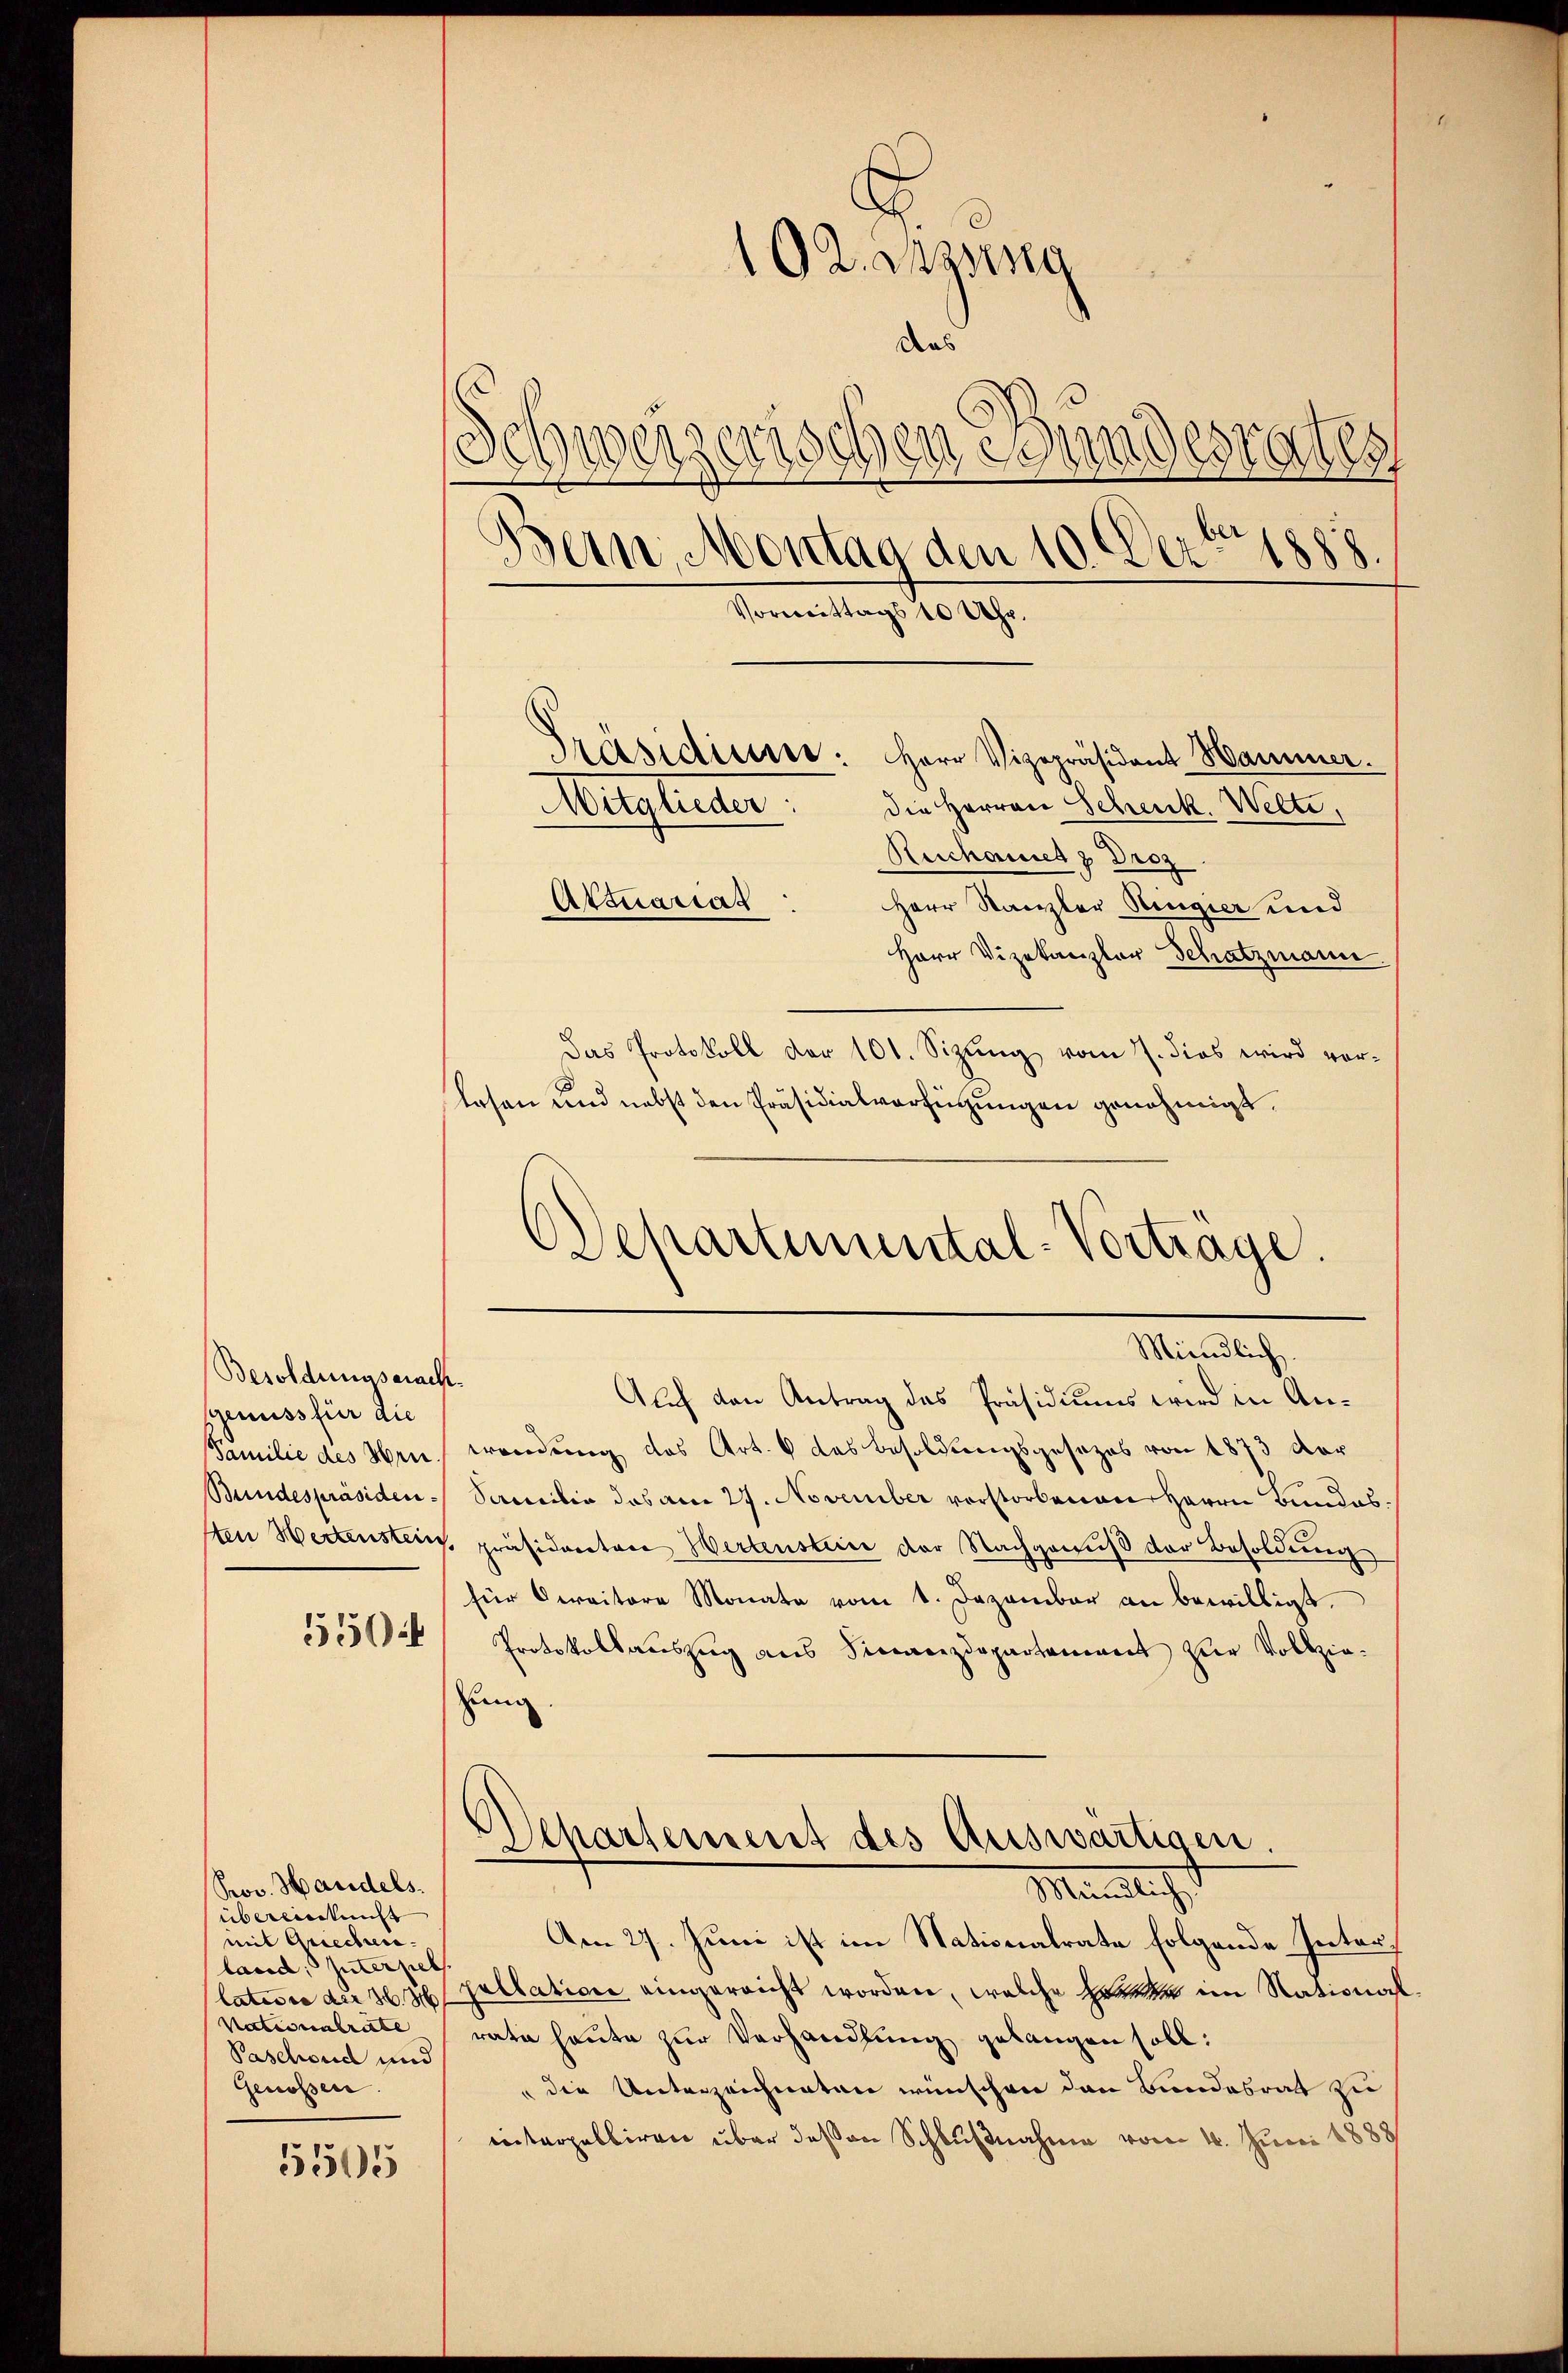
Besoldungserach.
sgenuss für die
Familie des Hrn
Bundespräsiden¬

5504

Prov. Handels.
übereinkunft
mit Griechen.
land, Interpell.
latione der S
Nationalrate
Paschond und
Genossen.

5505

Präsidierer: Herr Vizepräsident Hammer.
die Herren Schenk. Welte,
Mitglieder
Reichnet v. Droz.
Aktuariat: Herr Stanzler Ringier und
Herr Vizekanzler Schatzmann.
Das Protokoll der 101. Sizung vom 7. dies wird vorlaesen und nebst den Präsidialverfügungen genehmigt.
Auch den Antrag des Präsidiums wird in Anwendung des Art. 6 das Besoldungsgesezes von 1873 der
Samilie das am 27. November vorstorbenen Herrn Bundessten Hertenstein, präsidereten Wertenstein der Nachgenuß der Besoldung
für Cerritore Monate vom 1. Dezember an bewilligt.
Protokollauszug aus Siccaeizdepartement zur Vollzie-
zung
Departement des Auswärtigen.
Männliche
Am 27. Juni ist im Stationalrate folgende Interpellation eingereicht worden, welche Herter im Nationalrate heute zur Verhandlung gelangen soll:
" die Unterzeichneten wünschen den Bandesrat zu
interpalliren über deßen Schlußnahme vom 4. Juni 1888

102. anzung
das
Schweizerischen Stundesrates
1888.
Bern, Montag den 10. Dez.
Vormittags 10 Uhr.

Departemental-Vortrage.
Mündlich.